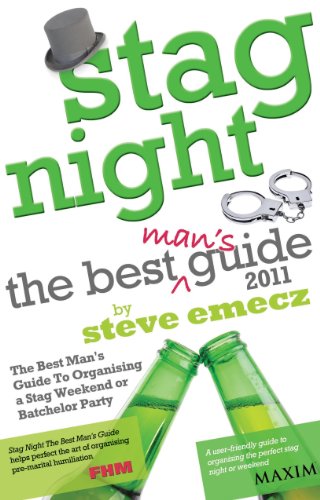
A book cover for Stag Night - The Best Man's Guide to Organising a Stag Weekend or Batchelor Party; Steve Emecz; Crafts, Hobbies & Home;